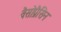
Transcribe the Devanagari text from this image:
वैसोप्रैसिन